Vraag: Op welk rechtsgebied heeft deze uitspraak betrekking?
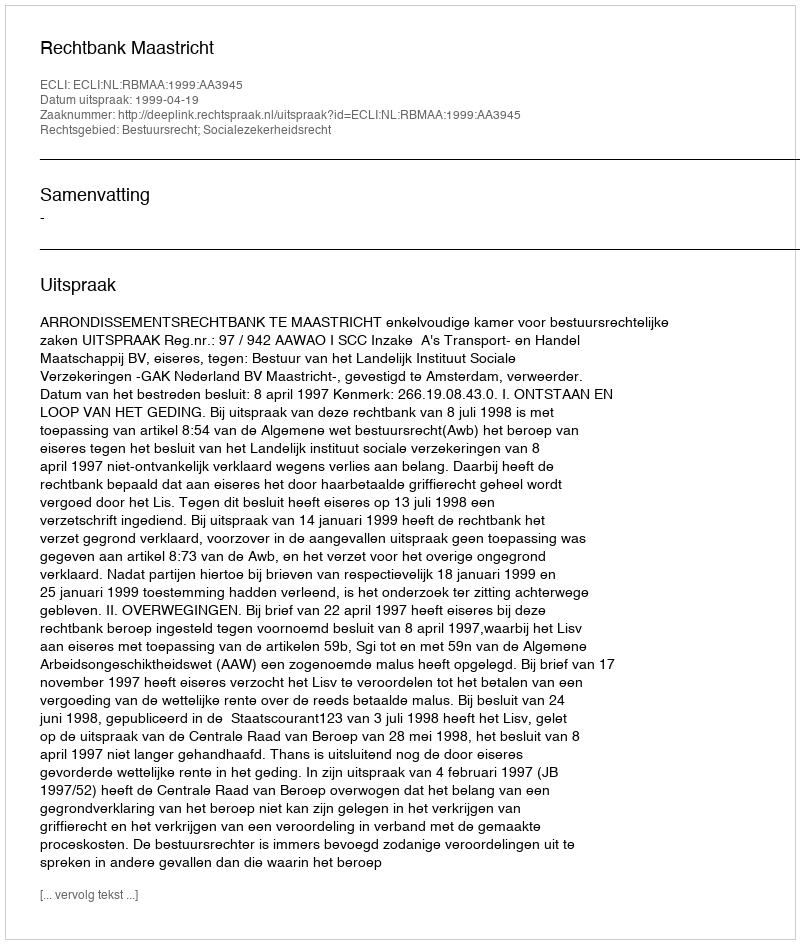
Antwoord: Bestuursrecht; Socialezekerheidsrecht